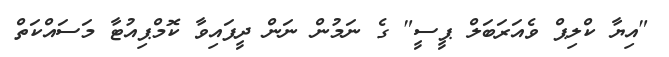
"އިޔާ ކްލިޕް ވެއަރަބަލް ޕީސީ" ގެ ނަމުން ނަން ދީފައިވާ ކޮމްޕިއުޓާ މަސައްކަތް